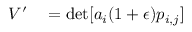
\begin{array} { r l } { V ^ { \prime } } & { { } = \operatorname* { d e t } [ a _ { i } ( 1 + \epsilon ) p _ { i , j } ] } \end{array}